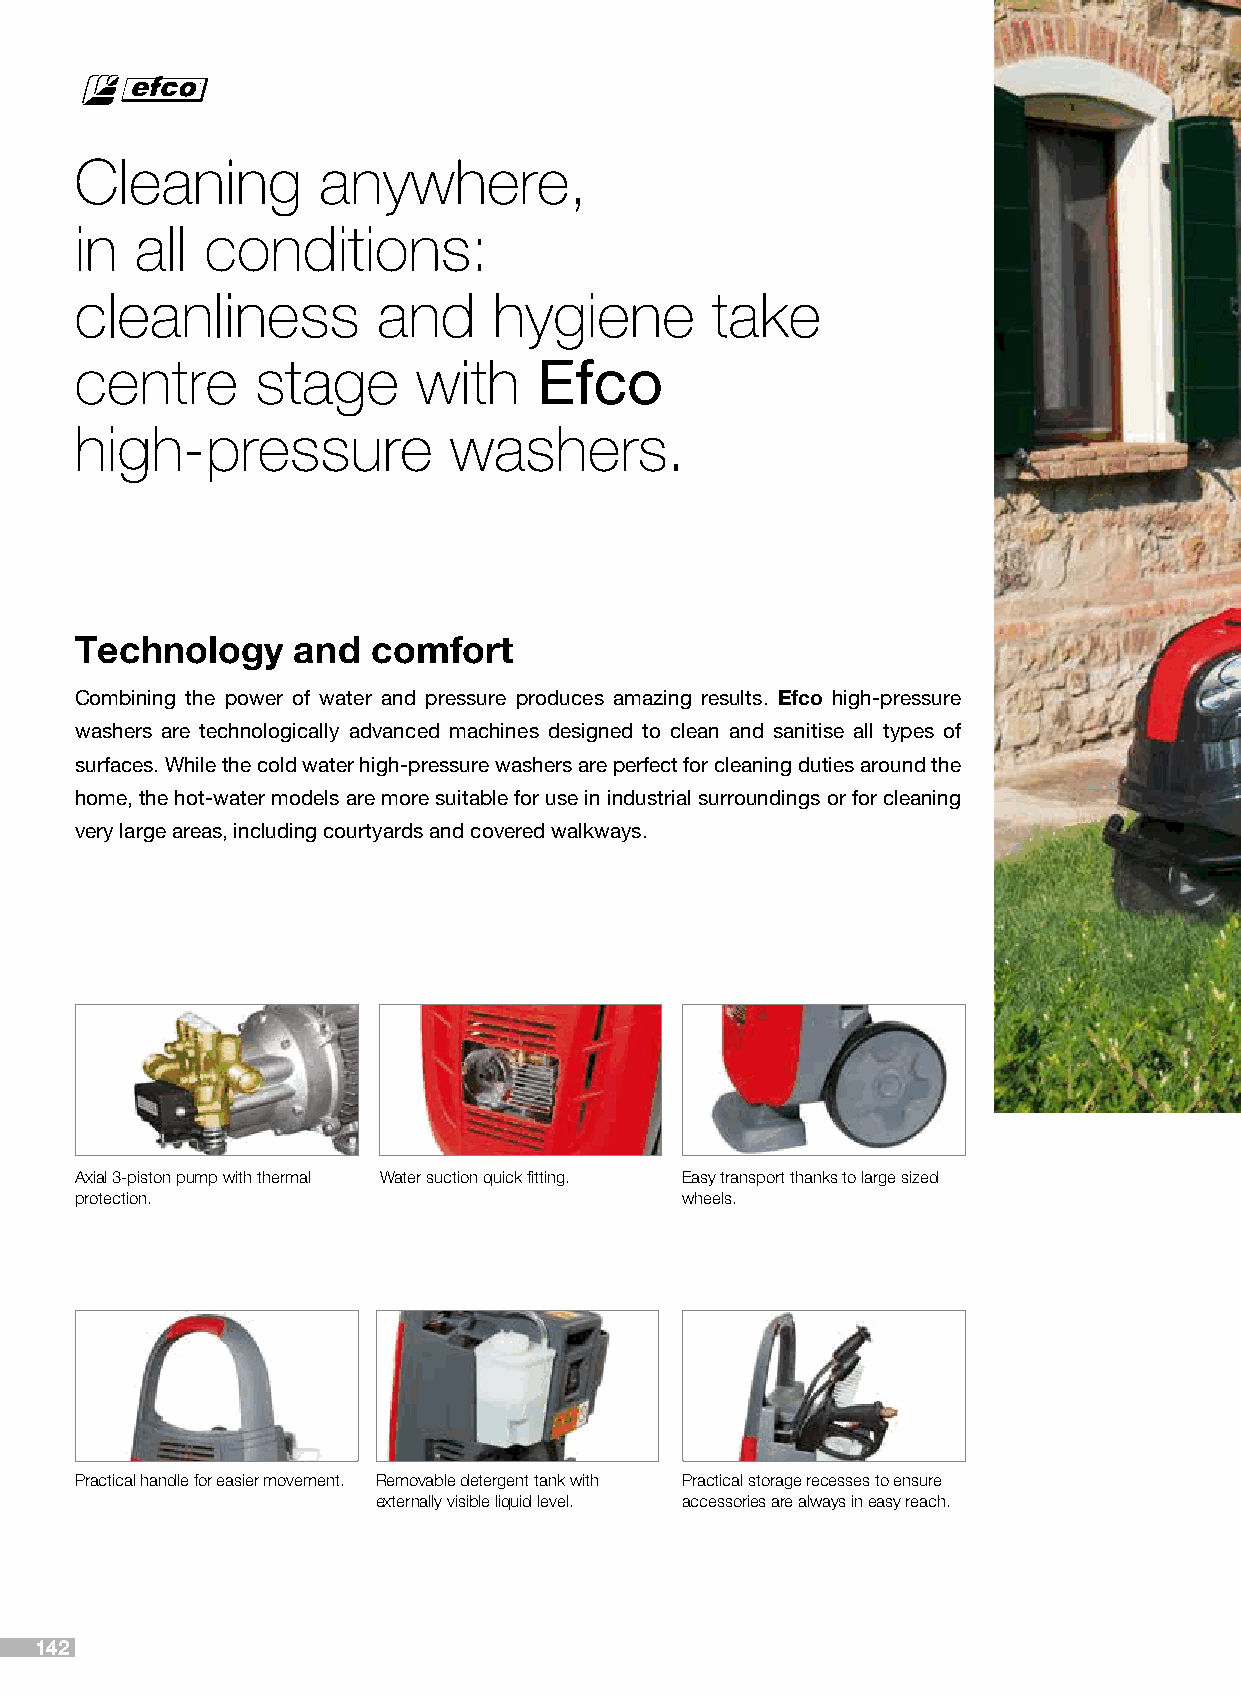
Cleaning        anywhere,
 in  all  conditions:
 cleanliness         and     hygiene       take
 centre      stage      with    Efco
 high-pressure            washers.
 Technology    and   comfort
 Combining the power of water and pressure produces amazing results. Efco high-pressure
 washers are technologically advanced machines designed to clean and sanitise all types of
 surfaces. While the cold water high-pressure washers are perfect for cleaning duties around the
 home, the hot-water models are more suitable for use in industrial surroundings or for cleaning
 very large areas, including courtyards and covered walkways.
 Axial 3-piston pump with thermal Water suction quick fitting. Easy transport thanks to large sized
 protection.                             wheels.
 Practical handle for easier movement. Removable detergent tank with Practical storage recesses to ensure
 externally visible liquid level. accessories are always in easy reach.
 142